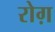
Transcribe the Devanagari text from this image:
रोग़